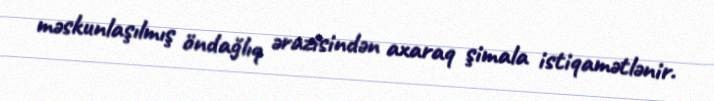
məskunlaşılmış öndağlıq ərazisindən axaraq şimala istiqamətlənir.